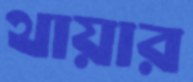
থায়ার